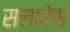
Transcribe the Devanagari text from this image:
सलारेस